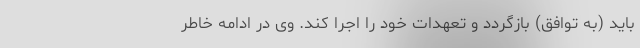
باید (به توافق) بازگردد و تعهدات خود را اجرا کند. وی در ادامه خاطر